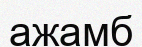
ажамб